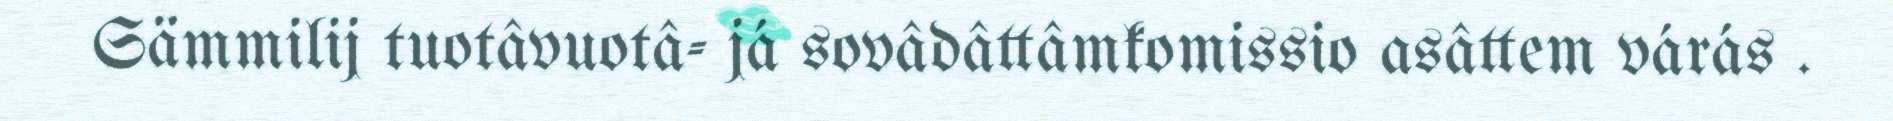
Sämmilij tuotâvuotâ- já sovâdâttâmkomissio asâttem várás .